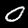
Label: 0